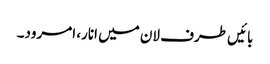
بائیں طرف لان میں انار، امرود۔